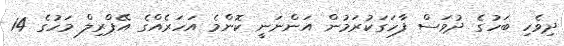
ދިވެހި ބަހުގެ ދުވަސް ފާހަގަކުރަމުން އަންނަނީ ކޮންމެ އަހަރެއްގެ އޭޕްރިލް މަހުގެ 14